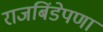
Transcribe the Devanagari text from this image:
राजबिंडेपणा